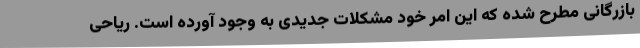
بازرگانی مطرح شده که این امر خود مشکلات جدیدی به وجود آورده است. ریاحی